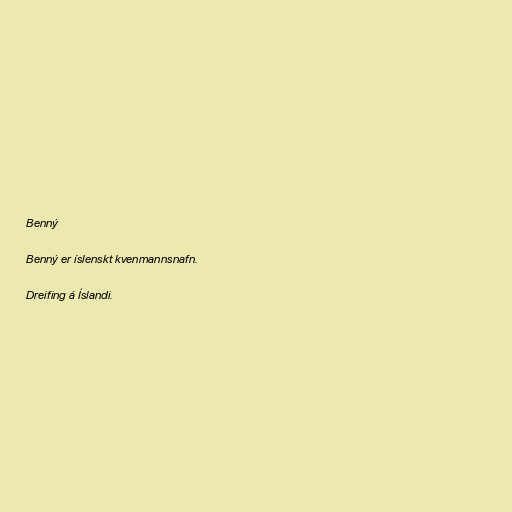
Benný

Benný er íslenskt kvenmannsnafn.

Dreifing á Íslandi.